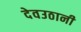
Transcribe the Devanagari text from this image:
देवउठानी